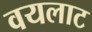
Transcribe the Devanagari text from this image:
वयलाट